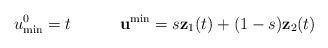
\begin{align*}u^0_{\rm min}=t \quad \quad \quad{\bf u}^{\min} = s {\bf z}_1(t) + (1-s) {\bf z}_2(t)\end{align*}